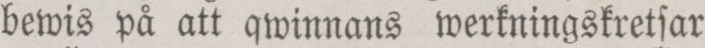
bewis på att qwinnans werkningskretſar